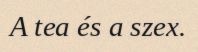
A tea és a szex.